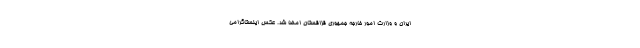
ایران و وزارت امور خارجه جمهوری قزاقستان امضا شد. عکس اینستاگرامی